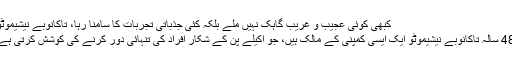
کبھی کوئی عجیب و غریب گاہک نہیں ملے بلکہ کئی جذباتی تجربات کا سامنا رہا، تاکانوبے نیشیموٹو
48 سالہ تاکانوبے نیشیموٹو ایک ایسی کمپنی کے مالک ہیں، جو اکیلے پن کے شکار افراد کی تنہائی دور کرنے کی کوشش کرتی ہے۔